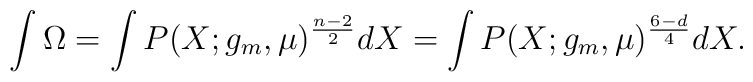
\int \Omega=\int P(X;g_m,\mu)^{n-2\over 2}dX=\int P(X;g_m,\mu)^{6-d\over 4}dX.